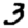
Digit: 3